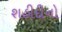
શહીદીનો